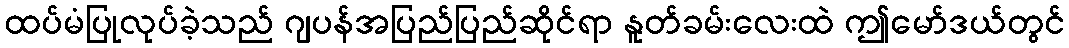
ထပ်မံပြုလုပ်ခဲ့သည် ဂျပန်အပြည်ပြည်ဆိုင်ရာ နူတ်ခမ်းလေးထဲ ဤမော်ဒယ်တွင်